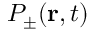
P _ { \pm } ( \mathbf { r } , t )